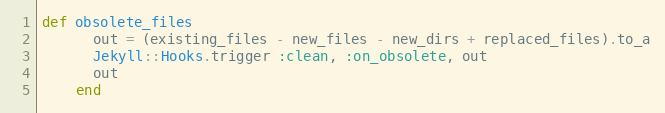
Language: Ruby
def obsolete_files
      out = (existing_files - new_files - new_dirs + replaced_files).to_a
      Jekyll::Hooks.trigger :clean, :on_obsolete, out
      out
    end